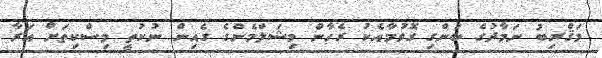
މަޤްރިބު ނަމާދުގެ ބަންގި ގޮވުމާއެކު ރެހާން މިޝަލްމެންގެ ގެއިން ނުކުތީ މިސްކިތަށް އަރާ